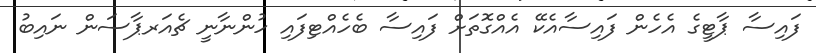
ފައިސާ ޕާޓީގެ އެހެން ފައިސާއެކޭ އެއްގޮތަށް ފައިސާ ބެހެއްޓިފައި ހުންނާނީ ޗެއަރޕާސަން ނައިބު